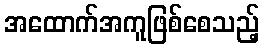
အထောက်အကူဖြစ်စေသည့်